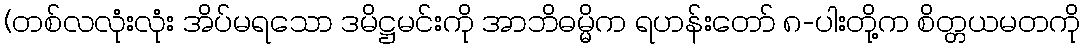
(တစ်လလုံးလုံး အိပ်မရသော ဒမိဋ္ဌမင်းကို အာဘိဓမ္မိက ရဟန်းတော် ၈-ပါးတို့က စိတ္တယမတကို